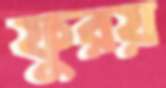
ফুরয়